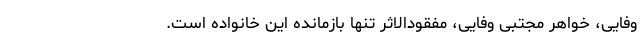
وفایی، خواهر مجتبی وفایی، مفقودالاثر تنها بازمانده این خانواده است.